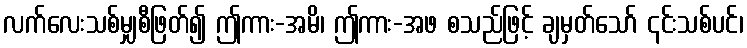
လက်လေးသစ်မျှစီဖြတ်၍ ဤကား-အမိ၊ ဤကား-အဖ စသည်ဖြင့် ချမှတ်သော် ၎င်းသစ်ပင်၊